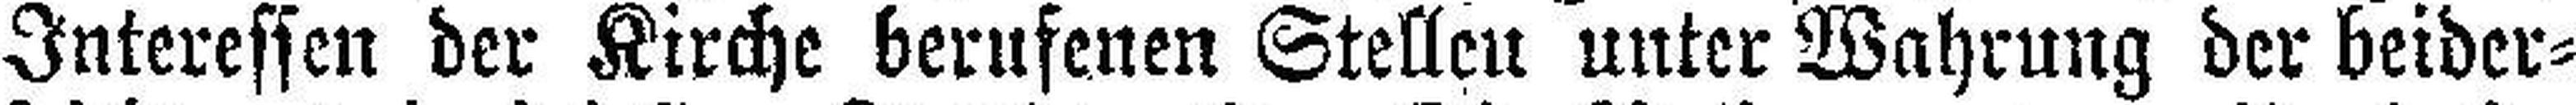
Interessen der Kirche berufenen Stellen unter Wahrung der beider¬